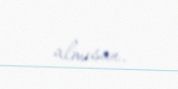
almısan.